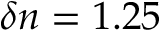
\delta n = 1 . 2 5